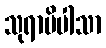
သုရာပိပါသာ